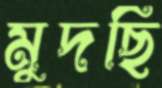
মুদছি